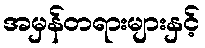
အမှန်တရားများနှင့်